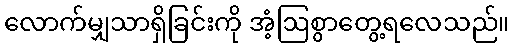
လောက်မျှသာရှိခြင်းကို အံ့ဩစွာတွေ့ရလေသည်။